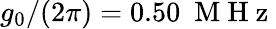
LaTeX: g_{0}/(2\pi)=0.50\ \mathrm{~M~H~z~}